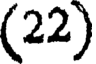
(22)